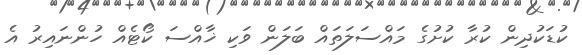
ކުޑަކުދިން ކުރާ ކުށުގެ މައްސަލަތައް ބަލަން ވަކި ޚާއްސަ ކޯޓެއް ހުންނައިރު އެ